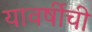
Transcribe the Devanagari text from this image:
यावर्षीची